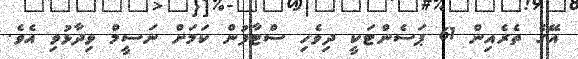
އޭގެ ތެރެއިން 61 ޕަސެންޓަކީ ދިވެހި ސްޓާފުން ކަމަށް ނަސީމް ވިދާޅުވި އެވެ.